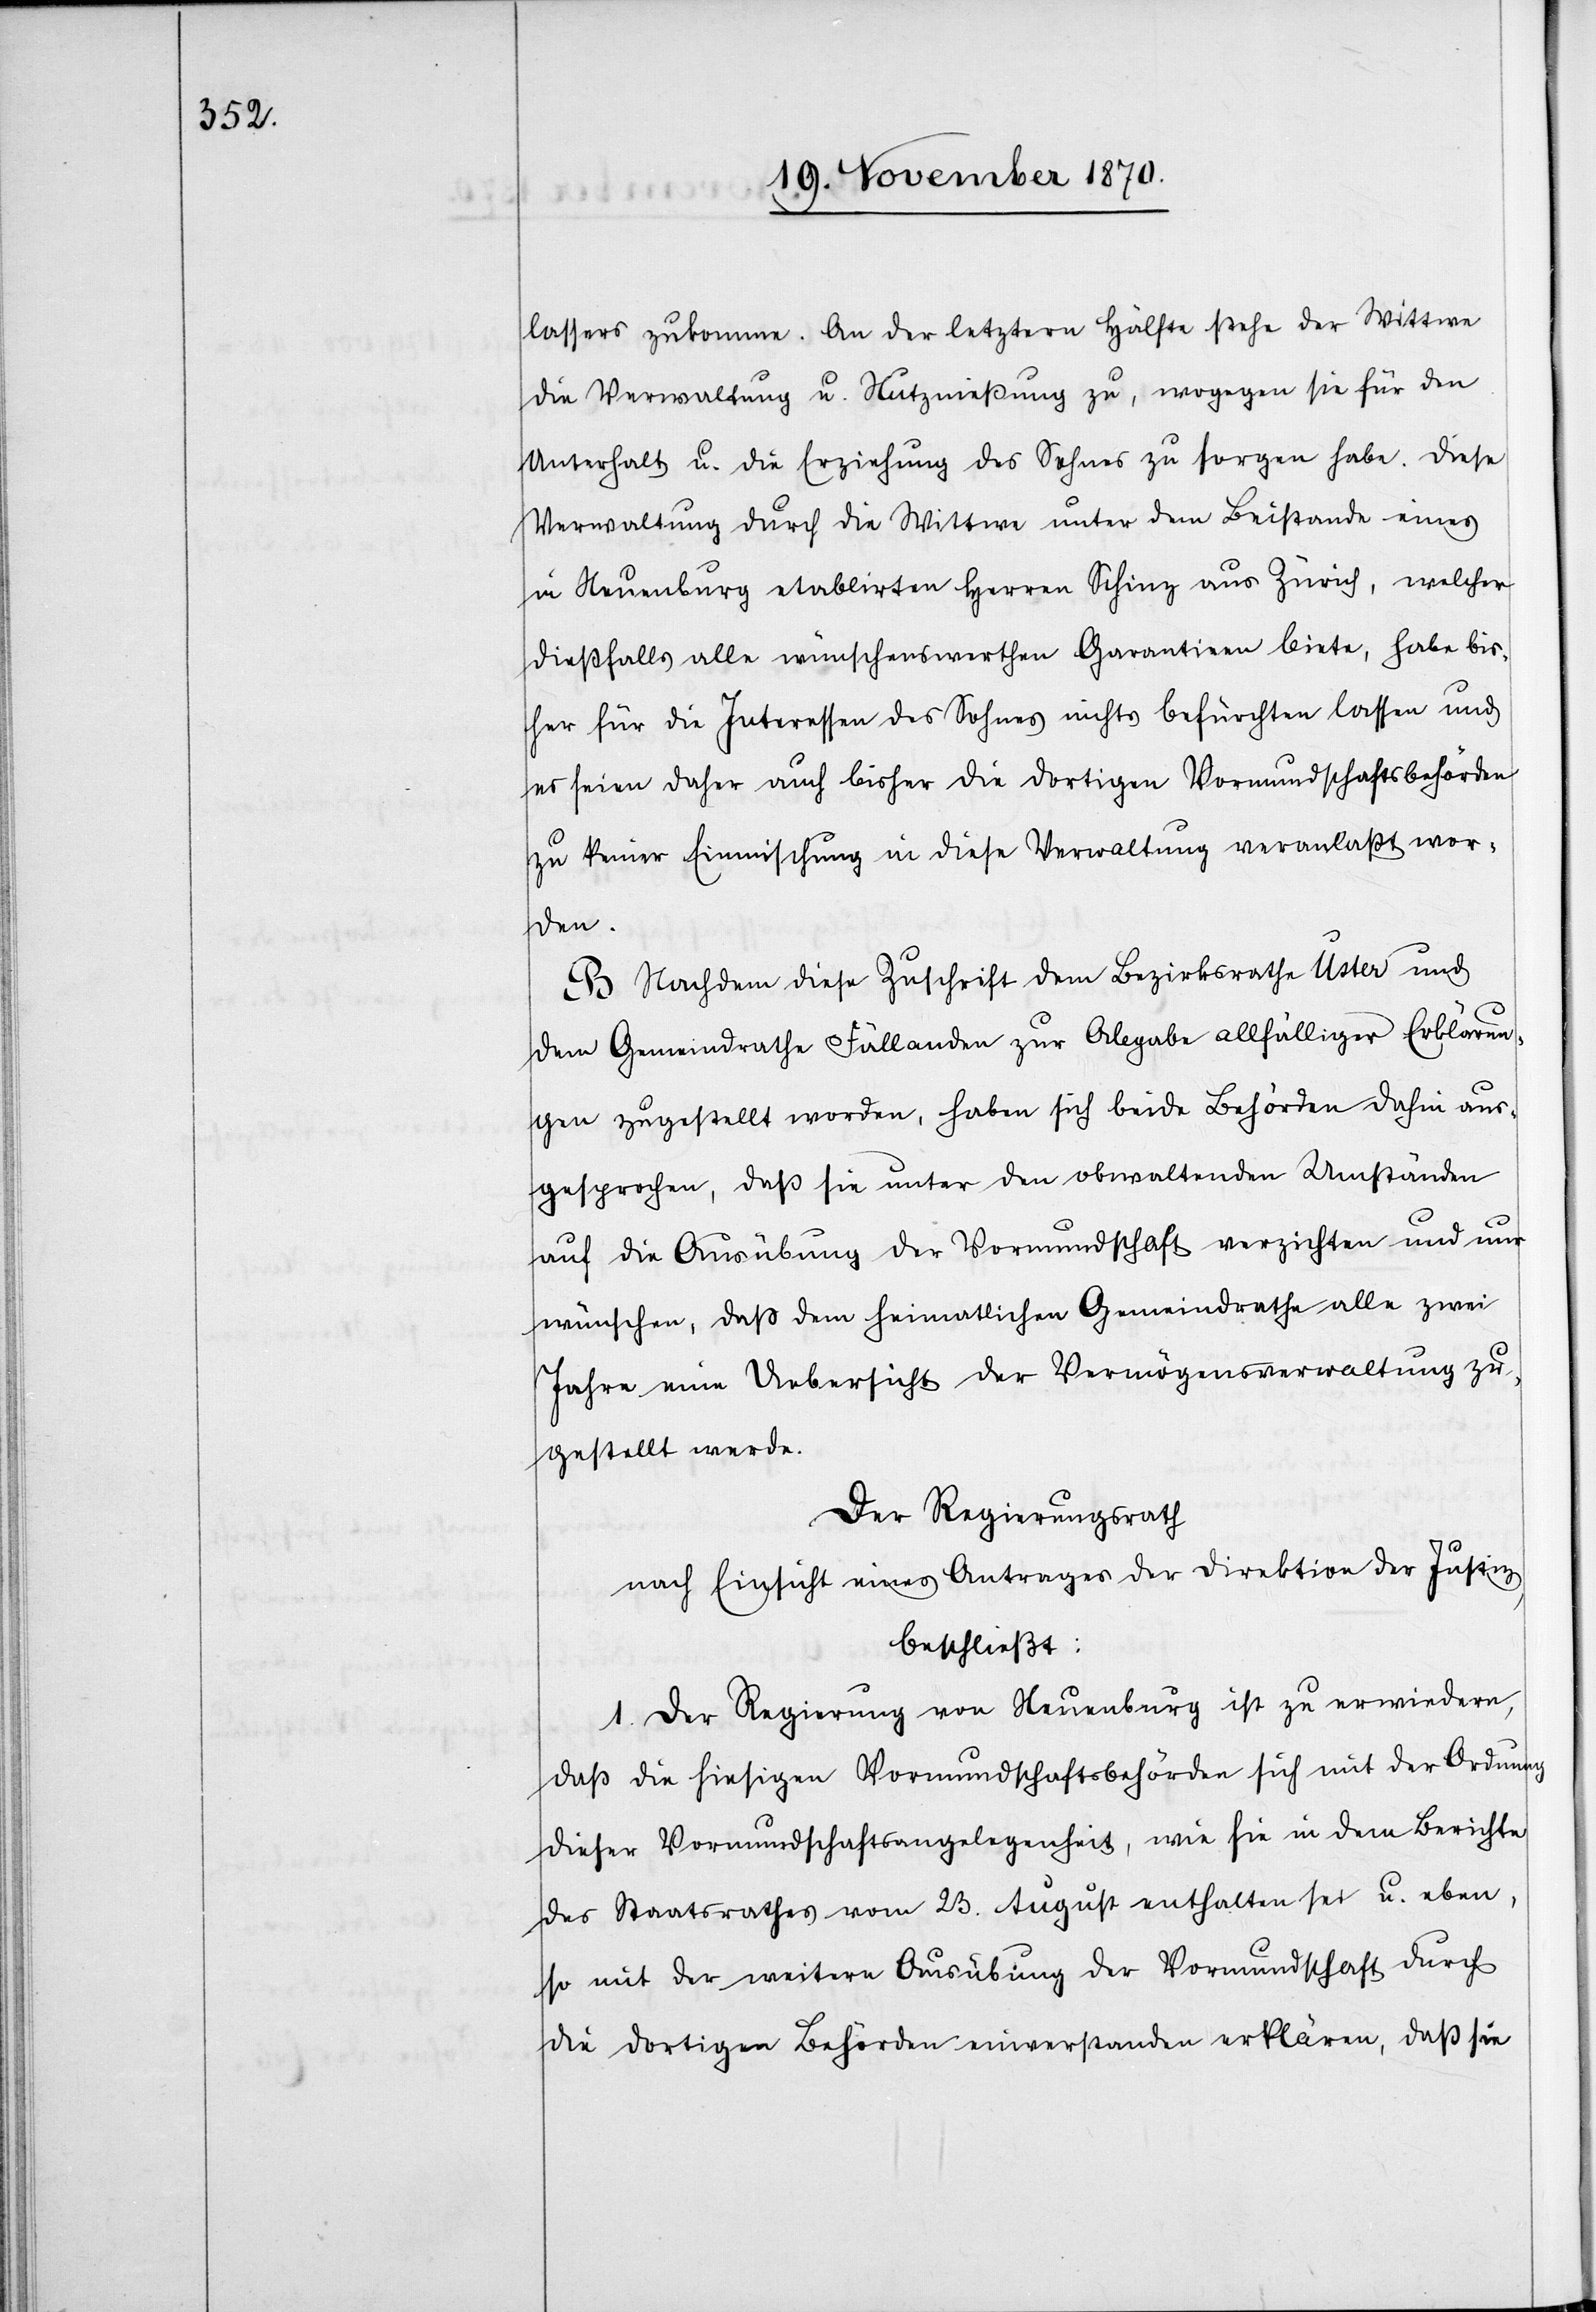
lassers zukomme. An der letztern Hälfte stehe der Wittwe
die Verwaltung u. Nutznießung zu, wogegen sie für den
Unterhalt u. die Erziehung des Sohnes zu sorgen habe. Diese
Verwaltung durch die Wittwe unter dem Beistande eines
in Neuenburg etablirten Herren Schinz aus Zürich, welcher
dießfalls alle wünschenswerthen Garantien biete, habe bis¬
her für die Interessen des Sohnes nichts befürchten lassen und
es seien daher auch bisher die dortigen Vormundschaftsbehörden
zu keiner Einmischung in diese Verwaltung veranlaßt wor¬
den.
B. Nachdem diese Zuschrift dem Bezirksrathe Uster und
dem Gemeindrathe Fällanden zur Abgabe allfälliger Erklärun¬
gen zugestellt worden, haben sich beide Behörden dahin aus¬
gesprochen, daß sie unter den obwaltenden Umständen
auf die Ausübung der Vormundschaft verzichten und nur
wünschen, daß dem heimatlichen Gemeindrathe alle zwei
Jahre eine Uebersicht der Vermögensverwaltung zu¬
gestellt werde.
Der Regierungsrath
nach Einsicht eines Antrages der Direktion der Justiz,
beschließt:
1. Der Regierung von Neuenburg ist zu erwiedern,
daß die hiesigen Vormundschaftsbehörden sich mit der Ordnung
dieser Vormundschaftsangelegenheit, wie sie in dem Berichte
des Staatsrathes vom 23. August enthalten sei u. eben¬
so mit der weitern Ausübung der Vormundschaft durch
die dortigen Behörden einverstanden erklären, daß sie